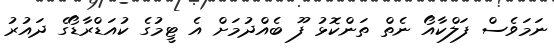
ނަމަވެސް ފަލްކާއޯ ނެތް ތަންކޮޅު ފޫ ބެއްދުމަށް އެ ޓީމުގެ ކުއަޑްރާޑޯގެ ދައުރު